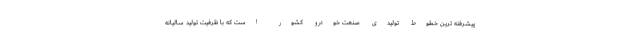
پیشرفته ترین خطوط تولیدی صنعت خودرو کشور است که با ظرفیت تولید سالیانه